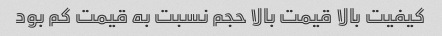
کیفیت بالا قیمت بالا حجم نسبت به قیمت کم بود